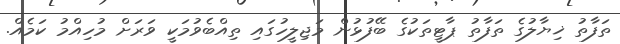
ތަފާތު ޚިޔާލުގެ ތަފާތު ޕާޓީތަކުގެ ބޭފުޅުން މަޖިލީހުގައި ތިއްބެވުމަކީ ވަރަށް މުހިއްމު ކަމެއް.